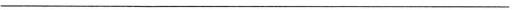
___